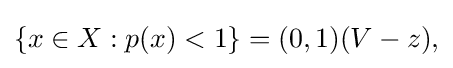
{\textstyle \{x\in X:p(x)<1\}=(0,1)(V-z),}